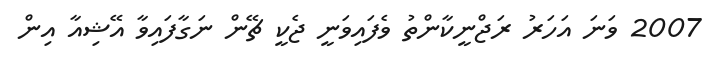
2007 ވަނަ އަހަރު ރަޖްނީކާންތު ވެފައިވަނީ ޖެކީ ޗޭން ނަގާފައިވާ އޭޝިއާ އިން